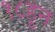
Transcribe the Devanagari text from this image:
१८हून